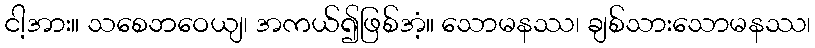
ငါ့အား။ သစေဘဝေယျ၊ အကယ်၍ဖြစ်အံ့။ သောမနဿ၊ ချစ်သားသောမနဿ၊